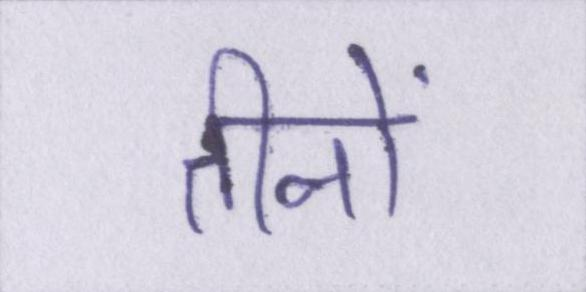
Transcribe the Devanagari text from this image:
तीनों